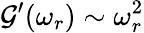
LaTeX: \mathcal{G}^{\prime}(\omega_{r})\sim\omega_{r}^{2}